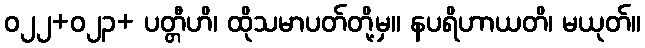
ဝ၂၂+၀၂၃+ ပတ္တီဟိ၊ ထိုသမာပတ်တို့မှ။ နပရိဟာယတိ၊ မယုတ်။